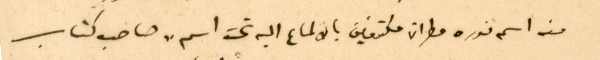
منه اسم ندره مطران مكتفين بالالماع اليه تحت اسم "صاحب كتاب